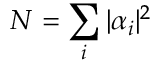
N = \sum _ { i } | \alpha _ { i } | ^ { 2 }